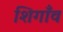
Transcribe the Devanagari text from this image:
शिगाँव